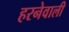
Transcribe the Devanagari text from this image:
हरनेवाली